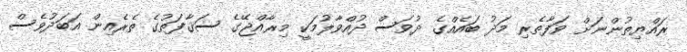
ރައްޔިތުންނަށް ވަފާތެރި މަދު ބައެއްގެ ދުވަސް ދުއްވާލުމަކީ މިރާއްޖޭގެ ސަޤާފަތުގެ ތެރެއިން އަބަދުވެސް